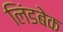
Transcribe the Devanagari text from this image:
लिंडबेक